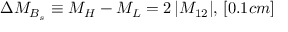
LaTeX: \Delta M _ { B _ { s } } \equiv M _ { H } - M _ { L } = 2 \, | M _ { 1 2 } | , \, [ 0 . 1 c m ]